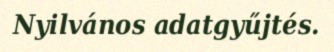
Nyilvános adatgyűjtés.